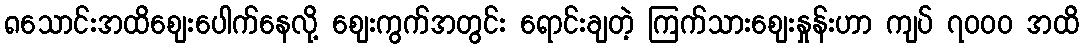
၈သောင်းအထိစျေးပေါက်နေလို့ စျေးကွက်အတွင်း ရောင်းချတဲ့ ကြက်သားစျေးနှုန်းဟာ ကျပ် ၇၀၀၀ အထိ